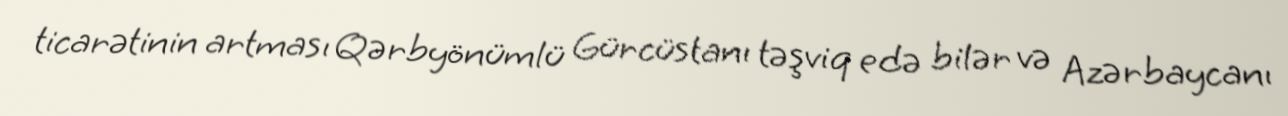
ticarətinin artması Qərbyönümlü Gürcüstanı təşviq edə bilər və Azərbaycanı